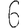
Digit: 6